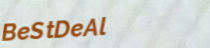
BeStDeAl